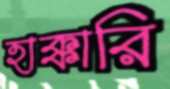
হাক্কারি